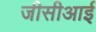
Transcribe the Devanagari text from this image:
जीसीआई